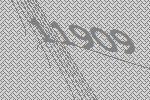
11909